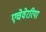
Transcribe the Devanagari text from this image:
एचेवेररिया